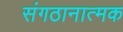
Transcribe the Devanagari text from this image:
संगठानात्मक